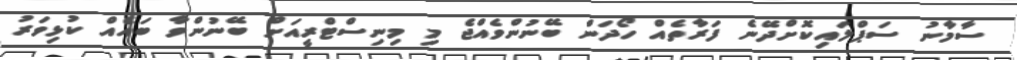
ސާމާނު ސަޕްލައިކޮށްދޭނެ ފަރާތެއް ހޯދަން ބޭނުންވެއްޖެ މި މިނިސްޓްރީއަށް ބޭނުންވާ ބައެއް ކުޅިވަރު